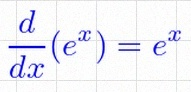
\frac{d}{dx}(e^x)=e^x